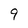
Character: 9